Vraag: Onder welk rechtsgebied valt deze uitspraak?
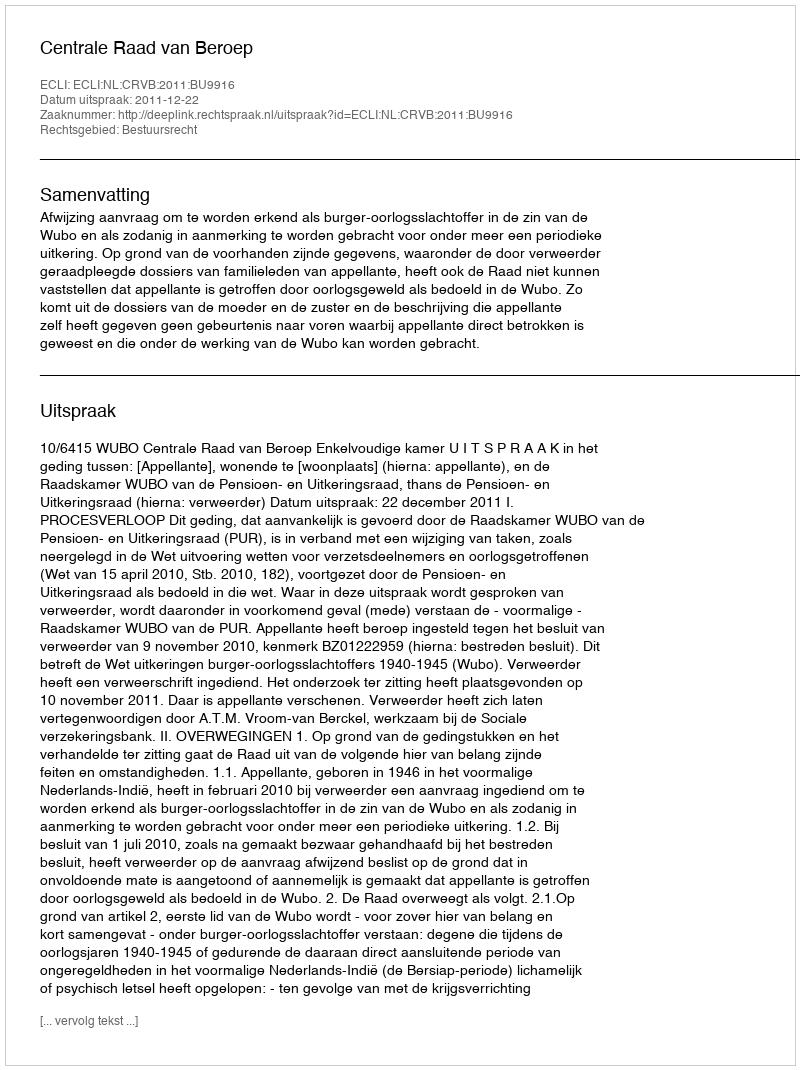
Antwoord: Bestuursrecht